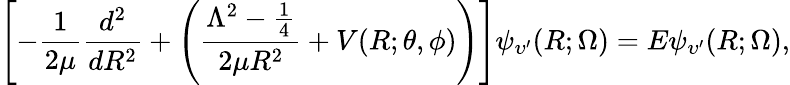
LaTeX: \left[-\frac{1}{2\mu}\frac{d^{2}}{dR^{2}}+\left(\frac{\Lambda^{2}-\frac{1}{4}}{2\mu R^{2}}+V(R;\theta,\phi)\right)\right]\psi_{\upsilon^{\prime}}(R;\Omega)=E\psi_{\upsilon^{\prime}}(R;\Omega),